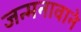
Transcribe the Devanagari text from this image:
जन्मनावाने